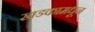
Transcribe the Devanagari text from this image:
खडकामधून